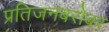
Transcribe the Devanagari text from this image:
प्रतिजनबरोबर